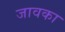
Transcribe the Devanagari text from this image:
जावका